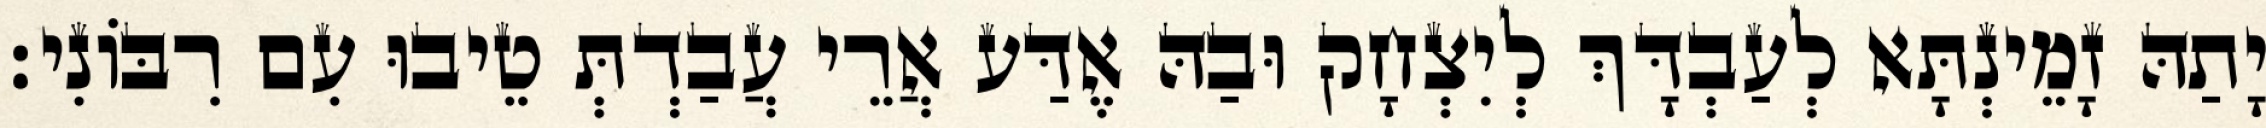
יָתַהּ זָמֵינְתָּא לְעַבְדָּךְ לְיִצְחָק וּבַהּ אֶדַּע אֲרֵי עֲבַדְתְּ טֵיבוּ עִם רִבּוֹנִי׃